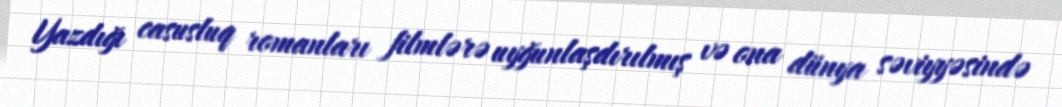
Yazdığı casusluq romanları filmlərə uyğunlaşdırılmış və ona dünya səviyyəsində